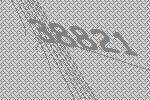
38821